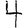
Digit: 4